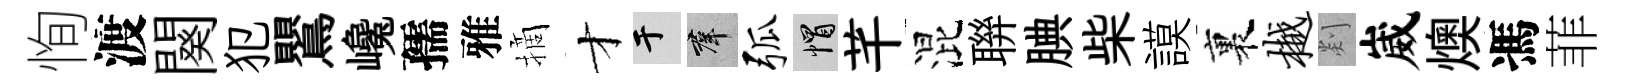
恂渡闋犯鸎巉孺雅摘才于群弧帽芊混聨腆柴謨裏樾剡崴燠馮菲